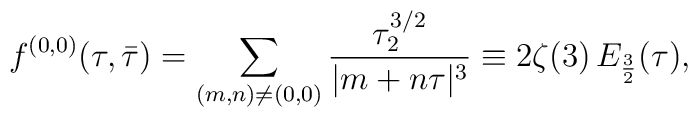
{f^{(0,0)}(\tau,\bar\tau) = \sum_{(m,n)\ne(0,0)} {\tau_2^{3/2} \over |m+n\tau|^3 }\equiv 2 \zeta(3) \, E_{3\over 2}(\tau) ,}